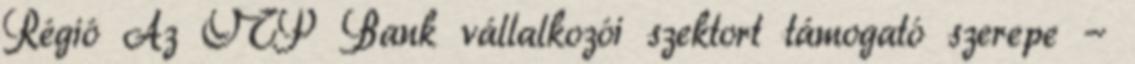
Régió Az OTP Bank vállalkozói szektort támogató szerepe -